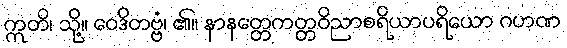
ဣတိ၊ သို့။ ဝေဒိတဗ္ဗံ၊ ၏။ နာနတ္တေကတ္တဝိညာစရိယာပရိယော ဂဟဏ